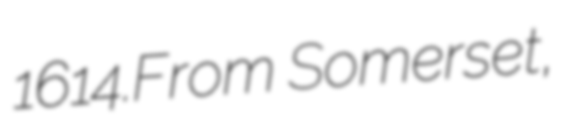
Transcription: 1614.From Somerset,